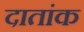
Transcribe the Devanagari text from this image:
दातांक